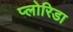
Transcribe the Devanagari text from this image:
प्लोरिडा